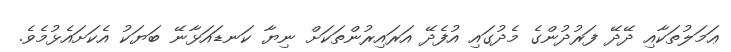
ޢަމަލުތަކާއި ދޭދޭ ފަރުދުންގެ މެދުގައި އުފެދޭ އަރައިރުންތަކަށް ނިޔާ ކަނޑައަޅާނޭ ބަޔަކު އެކަށައެޅުމެވެ.